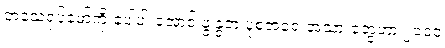
ဘဝသရုပ်ဖော်ကို ပေါ့ပါးအောင် ဖွဲ့နွဲ့တဲ့ ပုံစံအရေးအသားတွေဟာ ၂၀၀၀